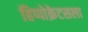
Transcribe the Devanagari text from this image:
हिप्पोक्रेटसला